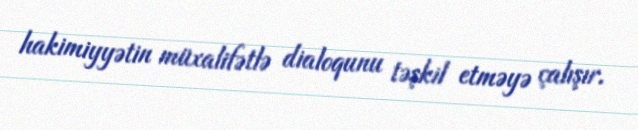
hakimiyyətin müxalifətlə dialoqunu təşkil etməyə çalışır.